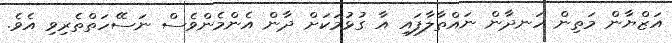
އަޒްޔާން މަތިން ހަނދާން ނައްތާލާފައި އާ ގުޅުމަކަށް ދާން އެންމެންވެސް ނަސޭހަތްތެރިވި އެވެ.